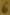
Text: 6